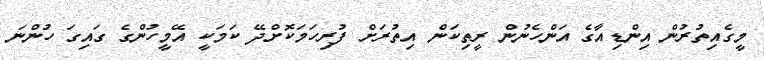
މީގެއިތުރުން އިންޑިއާގެ އަންހެނުން ރީތިކަން އިތުރަށް ފުރިހަމަކޮށްދޭ ކަމަކީ އޭމީހުންގެ ގައިގަ ހުންނަ